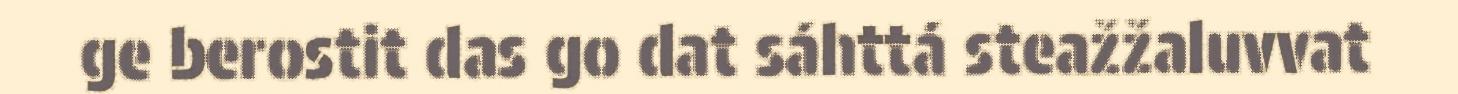
ge berostit das go dat sáhttá steažžaluvvat